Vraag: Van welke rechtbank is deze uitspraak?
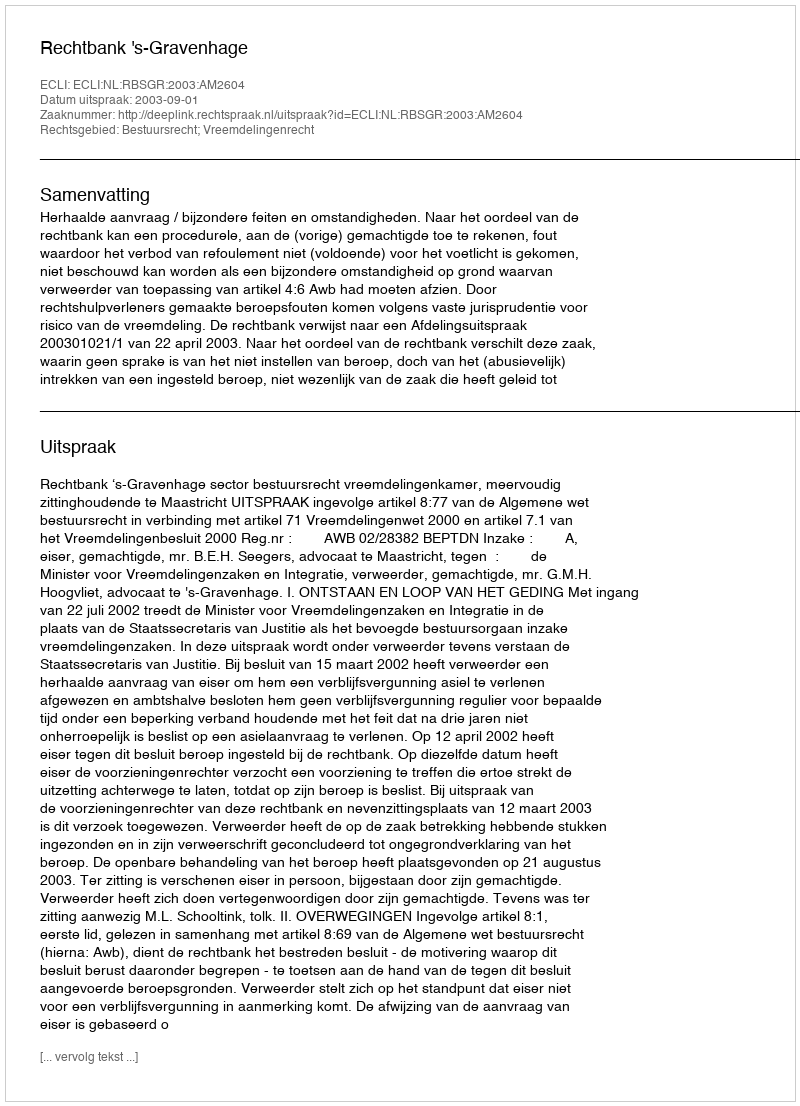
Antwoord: Rechtbank 's-Gravenhage